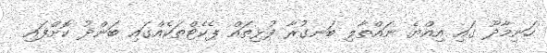
ހަނިމާދޫ ގައި އިއްޔެ ނައްތާލި ބަނގުރާ ފުޅިތައް ޕެކެޓްތަކެއްގައި ބަންދު ކޮށްފައި